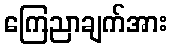
ကြေညာချက်အား